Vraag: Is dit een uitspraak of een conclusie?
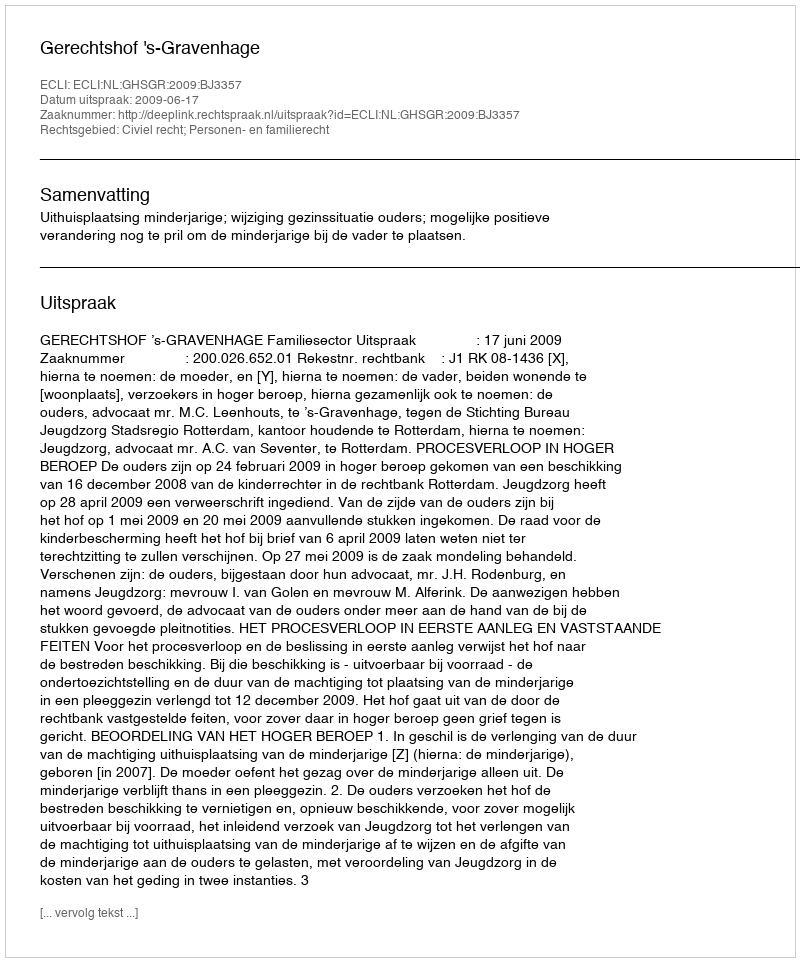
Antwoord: Uitspraak